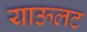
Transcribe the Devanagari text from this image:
याऊलट